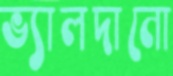
ভ্যালদানো